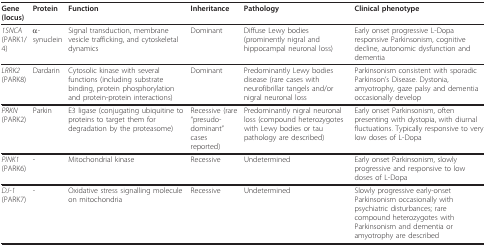
<table><thead><tr><td><b>Gene (locus)</b></td><td><b>Protein</b></td><td><b>Function</b></td><td><b>Inheritance</b></td><td><b>Pathology</b></td><td><b>Clinical phenotype</b></td></tr></thead><tbody><tr><td><i>1SNCA </i>(PARK1/4)</td><td>α-synuclein</td><td>Signal transduction, membrane vesicle trafficking, and cytoskeletal dynamics</td><td>Dominant</td><td>Diffuse Lewy bodies (prominently nigral and hippocampal neuronal loss)</td><td>Early onset progressive L-Dopa responsive Parkinsonism, cognitive decline, autonomic dysfunction and dementia</td></tr><tr><td><i>LRRK2 </i>(PARK8)</td><td>Dardarin</td><td>Cytosolic kinase with several functions (including substrate binding, protein phosphorylation and protein-protein interactions)</td><td>Dominant</td><td>Predominantly Lewy bodies disease (rare cases with neurofibrillar tangels and/or nigral neuronal loss</td><td>Parkinsonism consistent with sporadic Parkinson&#x27;s Disease. Dystonia, amyotrophy, gaze palsy and dementia occasionally develop</td></tr><tr><td><i>PRKN </i>(PARK2)</td><td>Parkin</td><td>E3 ligase (conjugating ubiquitine to proteins to target them for degradation by the proteasome)</td><td>Recessive (rare &quot;presudo-dominant&quot; cases reported)</td><td>Predominantly nigral neuronal loss (compound heterozygotes with Lewy bodies or tau pathology are described)</td><td>Early onset Parkinsonism, often presenting with dystopia, with diurnal fluctuations. Typically responsive to very low doses of L-Dopa</td></tr><tr><td><i>PINK1 </i>(PARK6)</td><td>-</td><td>Mitochondrial kinase</td><td>Recessive</td><td>Undetermined</td><td>Early onset Parkinsonism, slowly progressive and responsive to low doses of L-Dopa</td></tr><tr><td><i>DJ-1 </i>(PARK7)</td><td>-</td><td>Oxidative stress signalling molecule on mitochondria</td><td>Recessive</td><td>Undetermined</td><td>Slowly progressive early-onset Parkinsonism occasionally with psychiatric disturbances; rare compound heterozygotes with Parkinsonism and dementia or amyotrophy are described</td></tr></tbody></table>